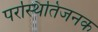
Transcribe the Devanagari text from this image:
परस्थितिजनक